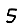
Digit: 5